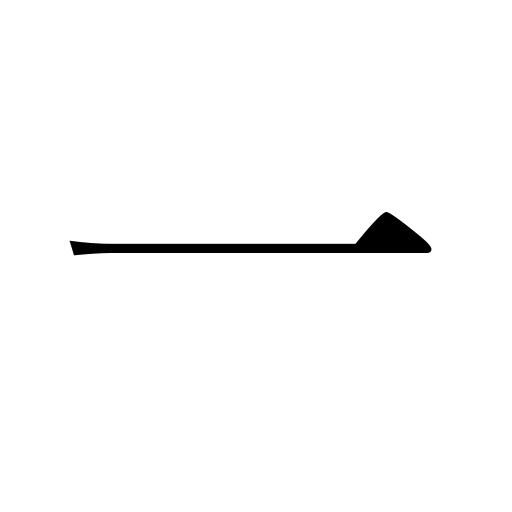
Meanings: a,one,once,a unit,the same,just